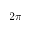
2 \pi